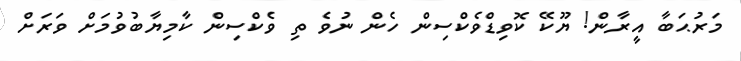
މަރުޙަބާ އީރާން! ޔޫކޭ ކޮވިޑްވެކްސިން ހެން ނުވެ ތި ވެކްސިން ކާމިޔާބުވުމަށް ވަރަށް